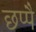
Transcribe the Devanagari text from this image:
छप्पै